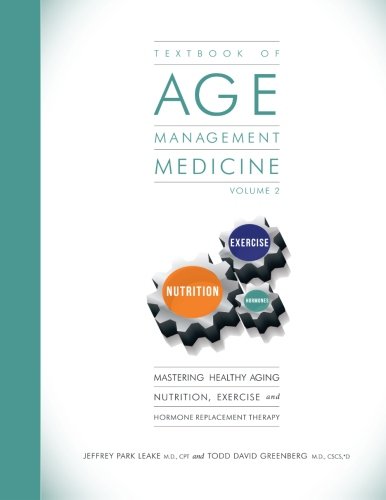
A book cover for Textbook of Age Management Medicine Volume 2: Mastering Healthy Aging Nutrition, Exercise and Hormone Replacement Therapy; Jeffrey Park Leake M.D.; Medical Books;